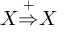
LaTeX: X { \stackrel { + } { \Rightarrow } } X